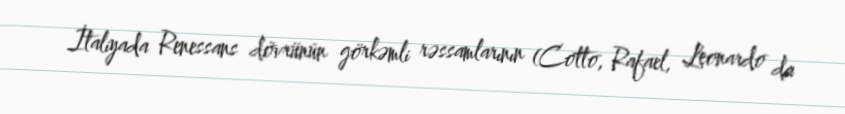
İtaliyada Renessans dövrünün görkəmli rəssamlarının (Cotto, Rafael, Leonardo da